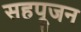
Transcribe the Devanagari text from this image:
सहपूजन